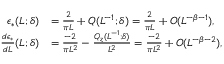
\begin{array} { r l } { \epsilon _ { * } ( L ; \delta ) } & { = \frac { 2 } { \pi L } + Q ( L ^ { - 1 } ; \delta ) = \frac { 2 } { \pi L } + O ( L ^ { - \beta - 1 } ) , } \\ { \frac { d \epsilon _ { * } } { d L } ( L ; \delta ) } & { = \frac { - 2 } { \pi L ^ { 2 } } - \frac { Q _ { z } ( L ^ { - 1 } ; \delta ) } { L ^ { 2 } } = \frac { - 2 } { \pi L ^ { 2 } } + O ( L ^ { - \beta - 2 } ) , } \end{array}